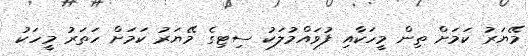
މޭޔަރު ކަމަށް ތިން މީހަކާއި ފުވައްމުލަކު ސިޓިގެ މޭޔަރު ކަމަށް ހަތަރު މީހަކު